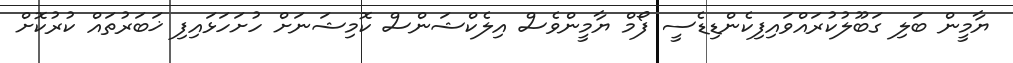
ޔާމީން ބަލި ގަބޫލުކުރައްވައިފިކެންޑިޑެސީ ފޯމް ޔާމީންވެސް އިލެކްޝަންސް ކޮމިޝަނަށް ހުށަހަޅައިފި ޚަބަރުތައް ކުރުކޮށް